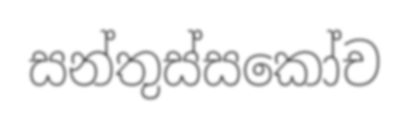
සන්තුස්සකෝච